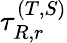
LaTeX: \tau_{R,r}^{(T,S)}